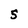
Character: 5